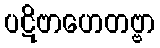
ပဋိဗာဟေတဗ္ဗာ